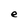
Character: e